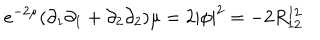
LaTeX: e ^ { - 2 \mu } ( \partial _ { 1 } \partial _ { 1 } + \partial _ { 2 } \partial _ { 2 } ) \mu = 2 | \phi | ^ { 2 } = - 2 R _ { 1 2 } ^ { 1 2 }